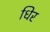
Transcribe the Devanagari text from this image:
धिर